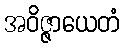
အဝိဇ္ဇာယေတံ